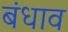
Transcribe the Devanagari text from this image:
बंधाव